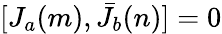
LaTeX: [J_{a}(m),\bar{J}_{b}(n)]=0